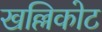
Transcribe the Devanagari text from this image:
खल्लिकोट